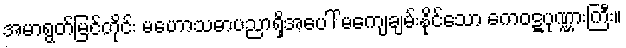
အမာရွတ်မြင်တိုင်း မဟောသဓာပညာရှိအပေါ် မကျေချမ်းနိုင်သော ကေဝဋ္ဋပုဏ္ဏားကြီး။